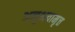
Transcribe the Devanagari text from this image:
अनुभवामृत्त